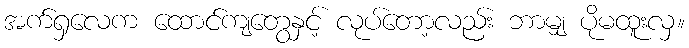
အက်ရှလေက ထောင်ကျတွေနှင့် လုပ်တော့လည်း ဘာမျှ ပိုမထူးလှ။